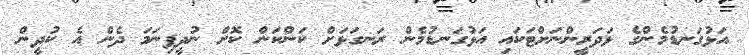
އަޅުގަނޑުމެންގެ ޅަދަރީންނަށްޓަކައި އަޅުގަނޑުމެން ރަނގަޅަށް ކަންކަން ކޮށް ނުދީފިނަމަ ދެން އެ ކުދީން